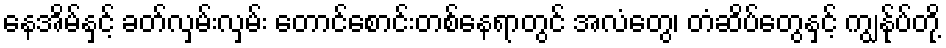
နေအိမ်နှင့် ခတ်လှမ်းလှမ်း တောင်စောင်းတစ်နေရာတွင် အလံတွေ၊ တံဆိပ်တွေနှင့် ကျွန်ုပ်တို့